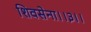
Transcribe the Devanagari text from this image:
शिवसेना।।३।।